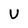
Character: U